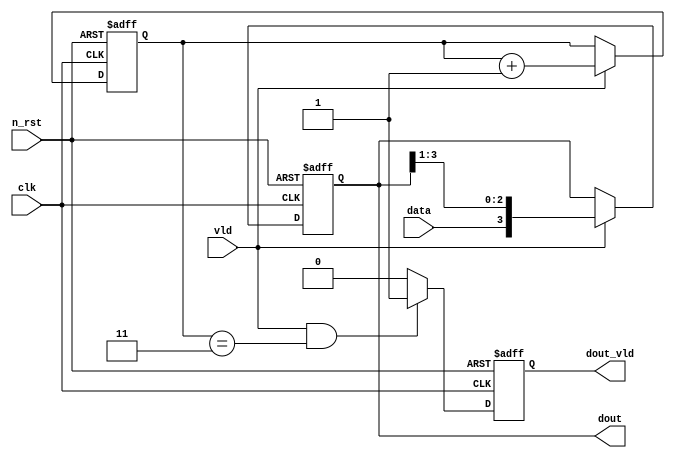

module s2p(
    clk,
    n_rst,
    data,
    vld,
    dout,
    dout_vld
);

input       clk;
input       n_rst;

input       data;
input       vld;

output  reg     [3:0]   dout;
output  reg             dout_vld;

reg     [1:0]   cnt;


// Sequential Logic
// 4bit dout FF
always @(posedge clk or negedge n_rst) begin
    if (!n_rst) begin
        dout <= 4'b0000;
    end

    else begin
        if (vld == 1'b1) begin
            dout <= {data, dout[3:1]};
        end

        else begin
            dout <= dout;
        end
    end
end


// counter FF
always @(posedge clk or negedge n_rst) begin
    if (!n_rst) begin
        cnt <= 2'b00;
    end

    else begin 
        if (vld == 1'b1) begin
            cnt <= cnt + 2'b01;
        end

        else begin
            cnt <= cnt;
        end
    end
end

// dout_vld FF
always @(posedge clk or negedge n_rst) begin
    if (!n_rst) begin
        dout_vld <= 1'b0;
    end

    else begin
        if (vld == 1'b1 && cnt == 2'b11) begin
            dout_vld <= 1'b1;
        end

        else begin
            dout_vld <= 1'b0;
        end
    end
end


endmodule